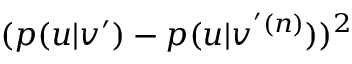
( p ( u | v ^ { \prime } ) - p ( u | v ^ { ' ( n ) } ) ) ^ { 2 }